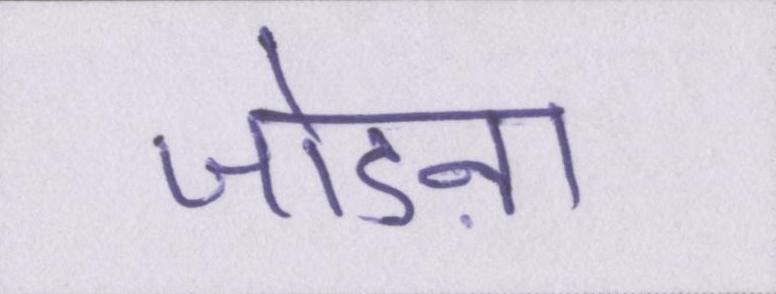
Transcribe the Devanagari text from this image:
जोडऩा